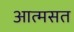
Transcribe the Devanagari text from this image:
आत्मसत